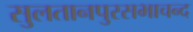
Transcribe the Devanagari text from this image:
सुलतानपुरसभाचन्द